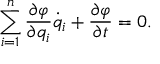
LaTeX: \sum _ { i = 1 } ^ { n } \frac { \partial \varphi } { \partial q _ { i } } \dot { q } _ { i } + \frac { \partial \varphi } { \partial t } = 0 { . }